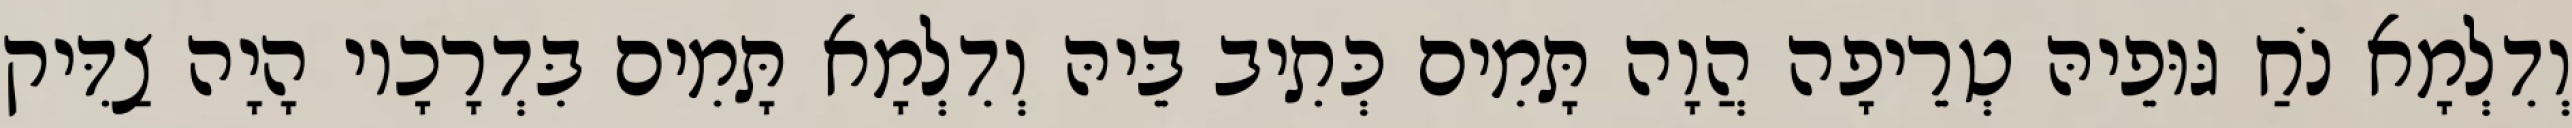
וְדִלְמָא נֹחַ גּוּפֵיהּ טְרֵיפָה הֲוָה תָּמִים כְּתִיב בֵּיהּ וְדִלְמָא תָּמִים בִּדְרָכָיו הָיָה צַדִּיק